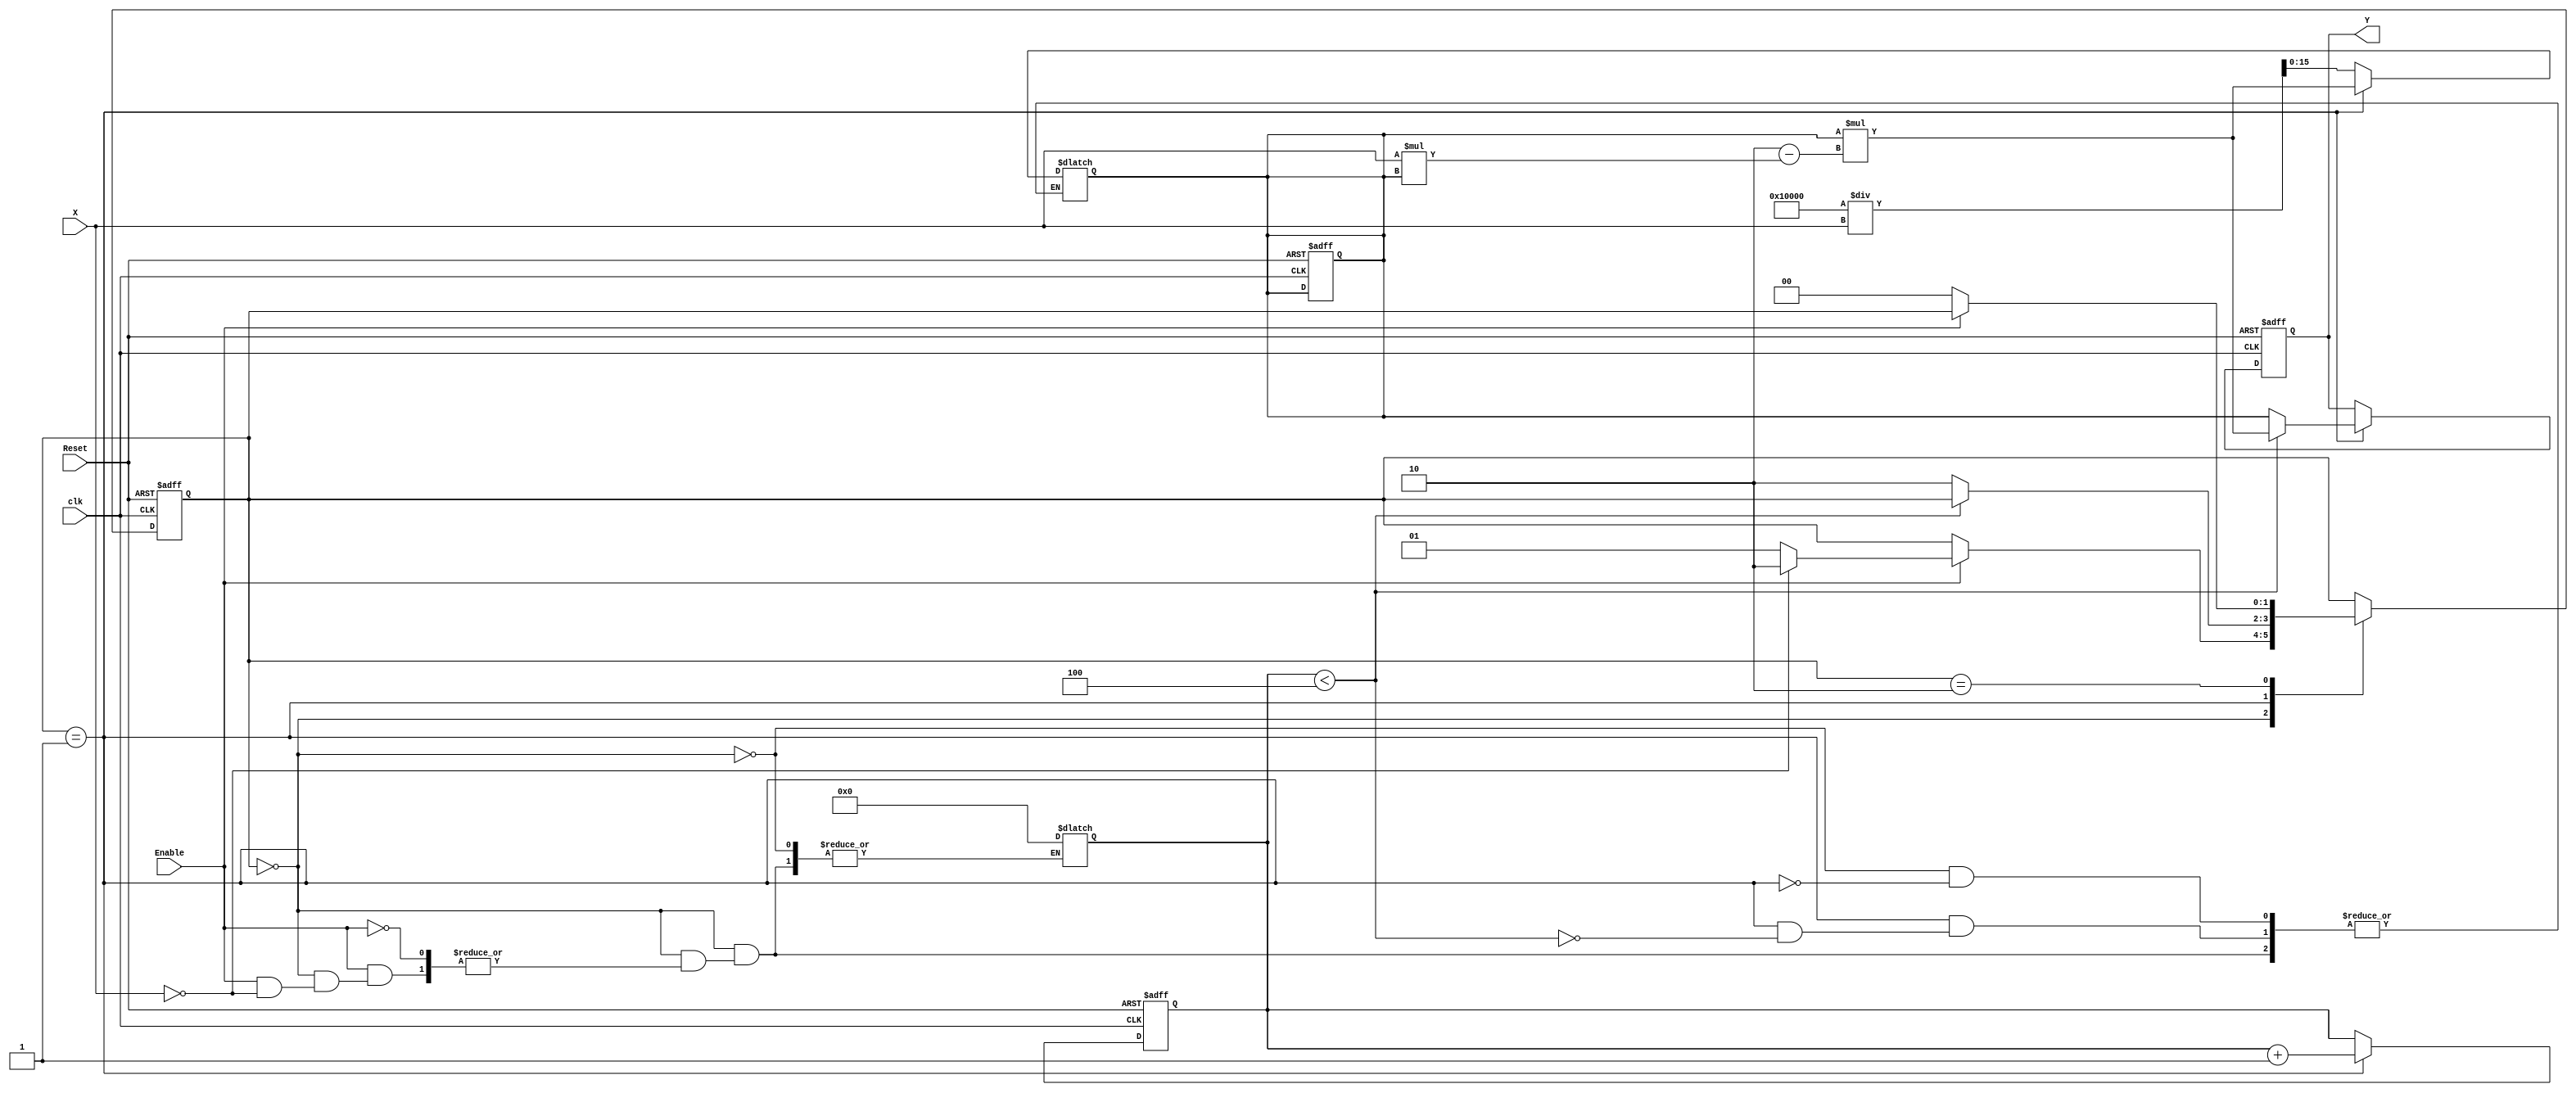
module BinaryFractionalReciprocal #(
    parameter N = 16, // Bit-width for input and output
    parameter MAX_VALUE = 16'hFFFF // Max representable value for output
)(
    input  wire [N-1:0] X,     // Input value (fractional)
    input  wire Enable,         // Enable signal
    input  wire Reset,          // Reset signal
    input  wire clk,            // Clock signal
    output reg  [N-1:0] Y       // Output value (reciprocal)
);

    // Internal signals
    reg [N-1:0] Y_next;         // Next value of Y
    reg [N-1:0] Y_current;      // Current value of Y
    reg [3:0] iteration_count;   // Iteration counter

    // State machine for calculating the reciprocal
    localparam IDLE       = 2'b00;
    localparam CALC       = 2'b01;
    localparam DONE       = 2'b10;
    reg [1:0] state, next_state;

    // Initialize the state and output on reset
    always @(posedge clk or posedge Reset) begin
        if (Reset) begin
            state <= IDLE;
            Y <= 0;
            iteration_count <= 0;
            Y_current <= 0;
        end else begin
            state <= next_state;
            if (state == CALC) begin
                Y <= Y_next; // Update output
                iteration_count <= iteration_count + 1;
            end
        end
    end

    // State transitions and output logic
    always @(*) begin
        next_state = state;
        Y_next = Y_current;

        case (state)
            IDLE: begin
                if (Enable) begin
                    if (X == 0) begin
                        Y_next = MAX_VALUE; // Handle division by zero
                        next_state = DONE;
                    end else begin
                        // Initial guess for Y (using fixed-point representation)
                        Y_current = (1 << N) / X; // Y_initial = 1 / X (scaled)
                        next_state = CALC;
                        iteration_count = 0;
                    end
                end
            end

            CALC: begin
                if (iteration_count < 4) begin // Limit iterations for convergence
                    // Newton-Raphson iteration
                    Y_next = Y_current * (2 - X * Y_current);
                    Y_current = Y_next;
                end else begin
                    next_state = DONE; // Finish calculation after iterations
                end
            end

            DONE: begin
                if (!Enable) begin
                    next_state = IDLE; // Go back to IDLE state
                end
            end
        endcase
    end

endmodule